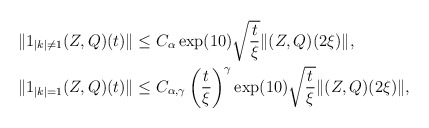
\begin{align*} \|1_{|k|\neq 1}(Z, Q)(t)\| &\leq C_{\alpha} \exp(10) \sqrt{\frac{t}{\xi}} \|(Z, Q)(2\xi)\|, \\ \|1_{|k|=1}(Z, Q)(t)\| &\leq C_{\alpha, \gamma} \left(\frac{t}{\xi}\right)^{\gamma} \exp(10) \sqrt{\frac{t}{\xi}} \|(Z, Q)(2\xi)\|, \end{align*}